Vital statistics of India. Vol. V, Reports of 1876 on armies & jails and on epidemic cholera
Year: 1876
Disease focus: Cholera
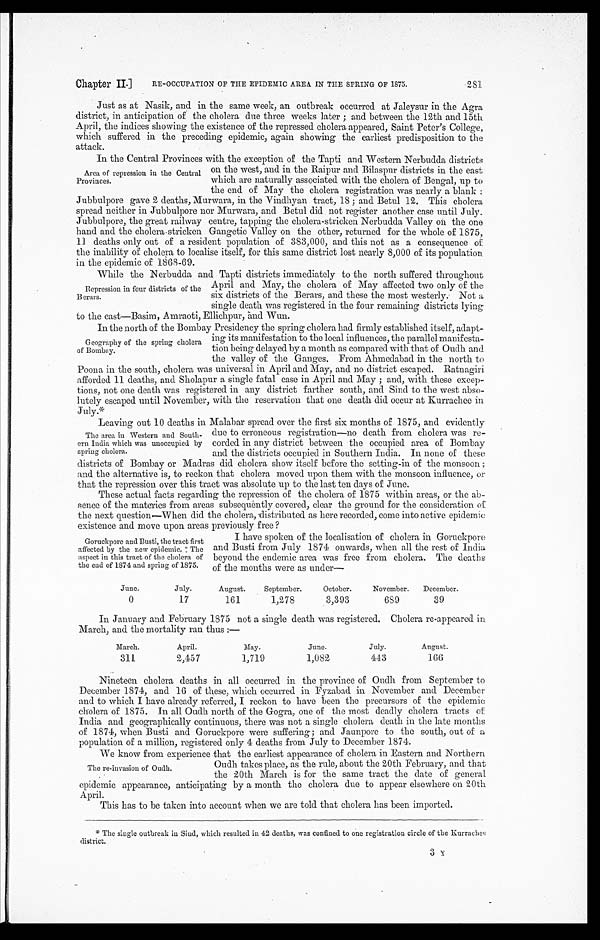
Chapter II.]
RE-OCCUPATION OF THE EPIDEMIC AREA IN THE SPRING OF 1875.
281
•
Just as at Nasik, and in the same week, an outbreak occurred at Jaleysur in the Agra
district, in anticipation of the cholera due three weeks later ; and between the 12th and 15th
April, the indices showing the existence of the repressed cholera appeared, Saint Peter's College,
which suffered in the preceding epidemic, again showing the earliest predisposition to the
attack.
In the Central Provinces with the exception of the Tapti and Western Nerbudda districts
on the west, and in the Raipur and Bilaspur districts in the east
Area of repression in the Central
Provinces.
-which are naturally associated with the cholera of Beno-d up to
b` 5
the end of May the cholera registration was nearly a blank
Jubbulpore gave 2 deaths, Murwara, in the Vindhyan tract, 18 ; and Betul 12. This cholera
spread neither in Jubbulpore nor Murwara, and Betul did not register another case until July.
Jubbulpore, the great railway centre, tapping the cholera-stricken Nerbudda Valley oh the one
hand and the cholera•stricken Gangetic Valley on the other, returned for the whole of 1875,
11 deaths only out of a resident population of 3S3,000, and this not as a consequence of
the inability of cholera to localise itself, for this same district lost nearly 8,000 of its population
in the epidemic of 1868-69.
While the N erbudda and Tapti districts immediately to the north suffered throughout
April and May, the cholera of May affected two only of the
Repression in four districts of the
Berars.
six districts of the Berars, and these the most westerly. Not a
single death was registered in the four remaining districts lying
to the east—Basim, Amraoti, Ellichpur, `and Wun.
In the north of the Bombay Presidency the spring cholera had firmly established itself,
eograiThy of the spring. cholera ing
adapt-
G
hie, its manifestation to the local influences, the parallel manifesta-
of Bombay.
tion being delayed by a month as compared with that of Oudh and.
the valley of the Gauges. From Ahmedabad in the north to
Poona in the south, cholera was universal in April and May, and no district escaped. Ratnagiri
afforded. 11 deaths, and Sholapur a single fatal case in April and May ; and, with these excep-
tions, not one death was registered in any district farther south, and Sind to the west abso-
lutely escaped until November, with the reservation that one death did occur at Kurrachee in
July.*
Leaving out 10 deaths in Malabar spread over the first six months of 1875, and evidently
The area in Western and South- due to erroneous registration—no death from cholera was re-
ern India which was unoccupied by corded in any district between the occupied area of Bombay
spring cholera. and the districts occupied in Southern India. In none of these
districts of Bombay or Madras did cholera show itself before the setting-in of the monsoon
and the alternative is, to reckon that cholera moved upon them with the monsoon influence, or
that the repression over this tract was absolute up to the last ten days of June.
These actual facts regarding the repression of the cholera of 1875 within areas, or the ab-
sence of the materies from areas subsequently covered, clear the ground for the consideration of
the next question—When did the cholera, 'distributed as here recorded, come into active epidemic
existence and move upon areas previously free ?
I have spoken of the localisation of cholera in Goruckpore
Goruckpore and Busti, the tract first
affected by the new epidemic. The and Busti from July 1874 onwards, when all the rest of India
aspect in this tract of the cholera of beyond the endemic area was free irom cholera. The deaths
the end of 1874 and spring of 1875.
of the months were as under
June.
July.
August.
September.
October.
November.
December.
0
17
161
1,278
3,393
689
39
In January and February 1875 not a single death was registered. Cholera re-appeared in
March, and the mortality ran thus :—
March.
April.
May.
June.
July.
August.
311
2,457
1,719
1,082
443
100
Nineteen cholera deaths in all occurred in the province of Oudh from September to
December 1874, and 16 of these, which occurred in Fyzabad in November and December
and to which I have already referred, I reckon to have been the precursors of the epidemic
cholera of 1875. In all Oudh north of the Gogra, one of the most deadly cholera tracts of
India and geographically continuous, there was not a single cholera death in the late months
of 1874, when Busti and Goruekpore were suffering; and Jaunpore to the south, out of a
population of a million, registered only 4 deaths from July to December 1874.
We know from experience.that the earliest appearance of cholera in Eastern and Northern
Oudh takes place, as the rule, about the 20th February, and that
The re-invasion of Oudh.
the 20th March is for the same tract the date of general
epidemic appearance, anticipating by a month the cholera due to appear elsewhere on 20th
April.
This has to be taken into account when we are told that cholera has been imported.
* The single outbreak in Sind, which resulted in 42 deaths, was confined to one registration circle of the Kurrachet;
district.
X